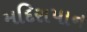
મદિરાપાન